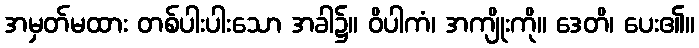
အမှတ်မထား တစ်ပါးပါးသော အခါ၌။ ဝိပါကံ၊ အကျိုးကို။ ဒေတိ၊ ပေး၏။